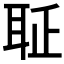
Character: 𦕖